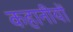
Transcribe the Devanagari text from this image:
कहानीयों